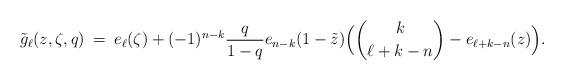
LaTeX: \begin{align*} \tilde{g}_{\ell}(z,\zeta,q) \: = \: e_{\ell}(\zeta) + (-1)^{n-k}\frac{q}{1-q} e_{n-k}(1-\tilde{z}) \Bigl({k \choose \ell +k-n}- e_{\ell+k-n}(z) \Bigr) \/.\end{align*}